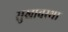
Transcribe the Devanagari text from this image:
सुखावस्था